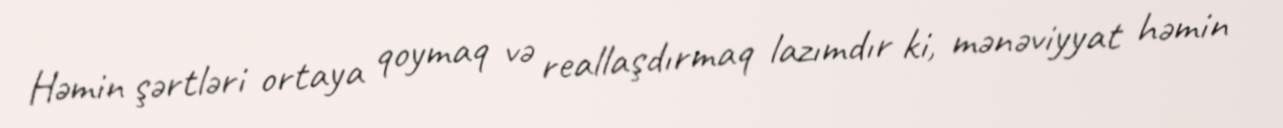
Həmin şərtləri ortaya qoymaq və reallaşdırmaq lazımdır ki, mənəviyyat həmin